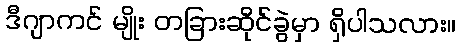
ဒီဂျာကင် မျိုး တခြားဆိုင်ခွဲမှာ ရှိပါသလား။